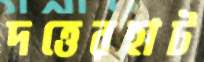
দত্তেরহাট